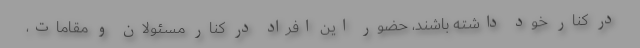
در کنار خود داشته باشند، حضور این افراد در کنار مسئولان و مقامات،